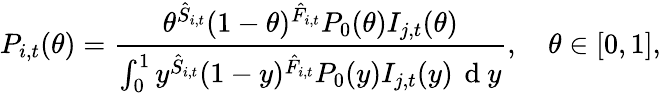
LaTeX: P_{i,t}(\theta)=\frac{\theta^{\hat{S}_{i,t}}(1-\theta)^{\hat{F}_{i,t}}P_{0}(\theta)I_{j,t}(\theta)}{\int_{0}^{1}y^{\hat{S}_{i,t}}(1-y)^{\hat{F}_{i,t}}P_{0}(y)I_{j,t}(y)\, \mathrm{~d~}y},\quad\theta\in[0,1],